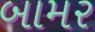
બામર